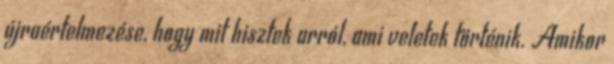
újraértelmezése, hogy mit hisztek arról, ami veletek történik. Amikor